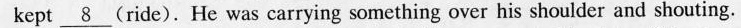
kept\underline{8} (ride). He was carrying something over his shoulder and shouting.